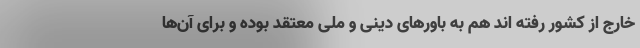
خارج از کشور رفته اند هم به باورهای دینی و ملی معتقد بوده و برای آن‌ها